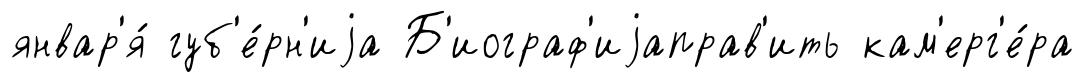
январ'я́ губ'е́рн'иjа Б'иограф'иjаправ'ить кам'ерг'е́ра